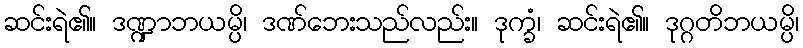
ဆင်းရဲ၏။ ဒဏ္ဍာဘယမ္ပိ၊ ဒဏ်ဘေးသည်လည်း။ ဒုက္ခံ၊ ဆင်းရဲ၏။ ဒုဂ္ဂတိဘယမ္ပိ၊